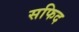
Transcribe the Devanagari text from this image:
सफिद